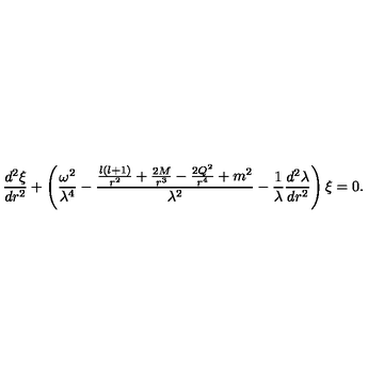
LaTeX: \frac { d ^ { 2 } \xi } { d r ^ { 2 } } + \left( \frac { \omega ^ { 2 } } { \lambda ^ { 4 } } - \frac { \frac { l ( l + 1 ) } { r ^ { 2 } } + \frac { 2 M } { r ^ { 3 } } - \frac { 2 Q ^ { 2 } } { r ^ { 4 } } + m ^ { 2 } } { \lambda ^ { 2 } } - \frac { 1 } { \lambda } \frac { d ^ { 2 } \lambda } { d r ^ { 2 } } \right) \xi = 0 .